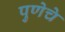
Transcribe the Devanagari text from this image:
पुणेचे